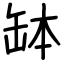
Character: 缽